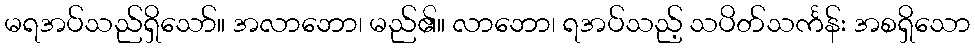
မရအပ်သည်ရှိသော်။ အလာဘော၊ မည်၏။ လာဘော၊ ရအပ်သည့် သပိတ်သင်္ကန်း အစရှိသော